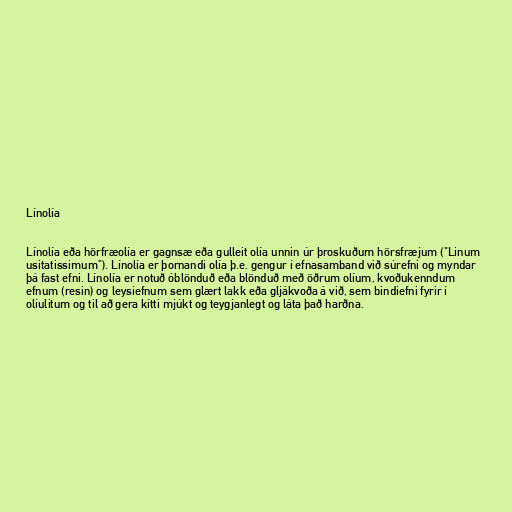
Línolía

Línolía eða hörfræolía er gagnsæ eða gulleit olía unnin úr þroskuðum hörsfræjum ("Linum
usitatissimum"). Línolía er þornandi olía þ.e. gengur í efnasamband við súrefni og myndar
þá fast efni. Línolía er notuð óblönduð eða blönduð með öðrum olíum, kvoðukenndum
efnum (resin) og leysiefnum sem glært lakk eða gljákvoða á við, sem bindiefni fyrir í
olíulitum og til að gera kítti mjúkt og teygjanlegt og láta það harðna.